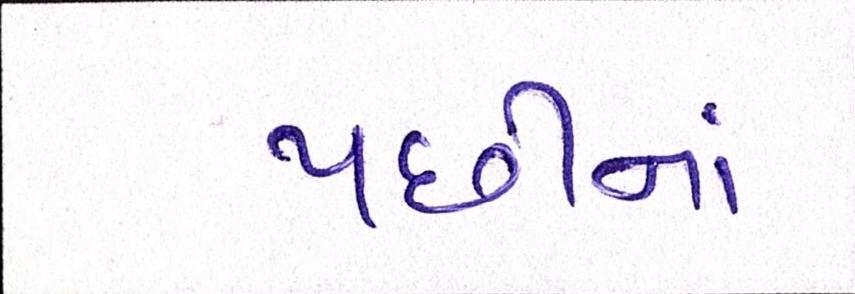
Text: પછીનાં